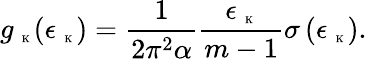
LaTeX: g_{\mathrm{~\tiny~K~}}(\epsilon_{\mathrm{~\tiny~K~}})=\frac{1}{2\pi^{2}\alpha}\frac{\epsilon_{\mathrm{~\tiny~K~}}}{m-1}\sigma\left({\epsilon_{\mathrm{~\tiny~K~}}}\right).